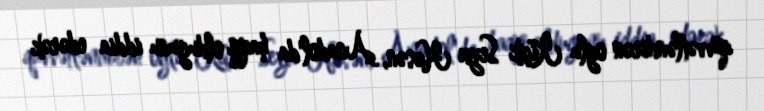
qüvvətləndirən oglu Kiçik Seyx Həsən, Anadol'da haqqi oldugunu iddia edərək